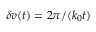
\delta v ( t ) = 2 \pi / ( k _ { 0 } t )